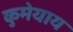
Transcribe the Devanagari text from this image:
कुमेयाय